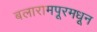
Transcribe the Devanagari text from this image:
बलारामपूरमधून